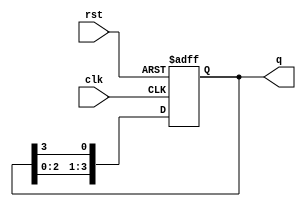
module ring_counter #(
    parameter N = 4  // Number of flip-flops
)(
    input wire clk,   // Clock signal
    input wire rst,   // Asynchronous reset signal
    output reg [N-1:0] q // Output state of the counter
);

// Always block triggered on the rising edge of the clock or on reset
always @(posedge clk or posedge rst) begin
    if (rst) begin
        // Asynchronous reset: Initialize the counter
        q <= 1'b1;  // Reset state: Only the first flip-flop is set to 1
    end else begin
        // Shift the '1' through the flip-flops
        q <= {q[N-2:0], q[N-1]}; // Rotate the bits
    end
end

endmodule